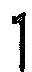
1